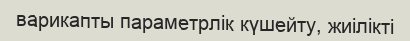
варикапты параметрлік күшейту, жиілікті